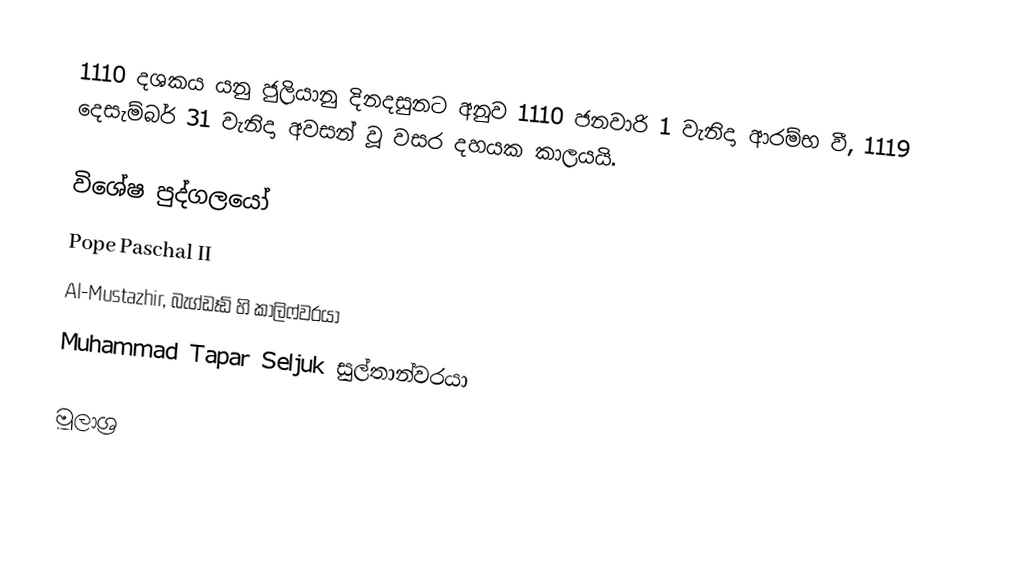
1110 දශකය යනු ජුලියානු දිනදසුනට අනුව 1110 ජනවාරි 1 වැනිදා ආරම්භ වී, 1119 දෙසැම්බර් 31 වැනිදා අවසන් වූ වසර දහයක කාලයයි.

විශේෂ පුද්ගලයෝ
 Pope Paschal II
 Al-Mustazhir, බැග්ඩෑඩ් හි කාලිෆ්වරයා
 Muhammad Tapar Seljuk සුල්තාන්වරයා

මූලාශ්‍ර